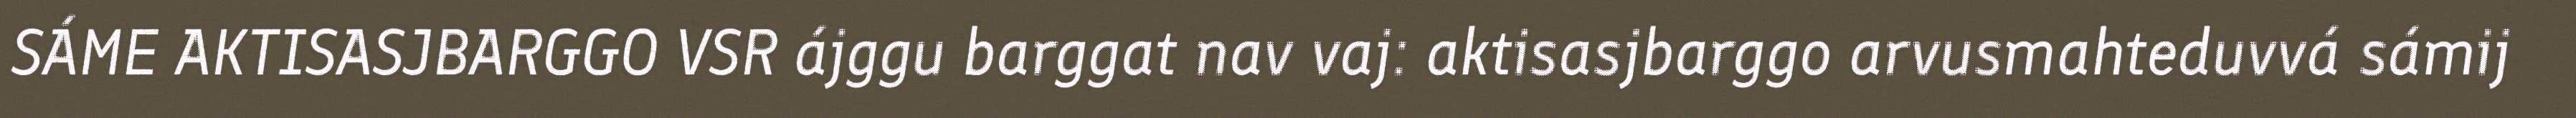
SÁME AKTISASJBARGGO VSR ájggu barggat nav vaj: aktisasjbarggo arvusmahteduvvá sámij